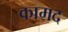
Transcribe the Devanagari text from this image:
कामद